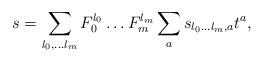
LaTeX: \begin{align*}s=\sum_{l_0,\ldots l_m} F_0^{l_0}\ldots F_m^{l_m} \sum_a s_{l_0\ldots l_m, a} t^a,\end{align*}